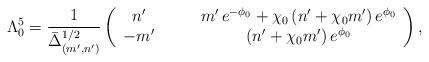
LaTeX: \begin{align*}\Lambda_0^5 = \frac{1}{\bar{\Delta}_{(m',n')}^{1/2}} \left(\begin{array}{cc}n' \qquad& m' \,e^{-\phi_0} + \chi_0 \,(n' + \chi_0 m') \,e^{\phi_0} \\-m'\qquad & (n' + \chi_0 m')\, e^{\phi_0} \end{array} \right),\end{align*}